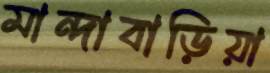
মান্দাবাড়িয়া